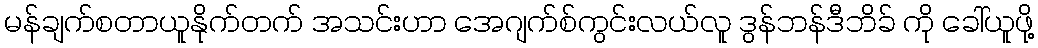
မန်ချက်စတာယူနိုက်တက် အသင်းဟာ အေဂျက်စ်ကွင်းလယ်လူ ဒွန်ဘန်ဒီဘိခ် ကို ခေါ်ယူဖို့